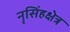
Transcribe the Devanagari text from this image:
नृसिंहक्षेत्र